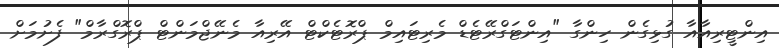
އިންޓީރިއާއާ ގުޅިގެން ހިންގާ "އިންޓަގްރޭޓެޑް މެރިޓައިމް ޕްރޮޓެކްޓް އޭރިއާ މެނޭޖްމަންޓް ޕްރޮގްރާމް" ފެށުމަށް